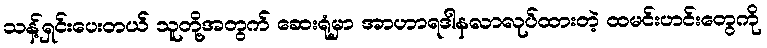
သန့်ရှင်းပေးတယ် သူတို့အတွက် ဆေးရုံမှာ အာဟာရဒါနလာလုပ်ထားတဲ့ ထမင်းဟင်းတွေကို